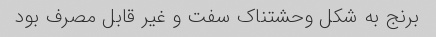
برنج به شکل وحشتناک سفت و غیر قابل مصرف بود